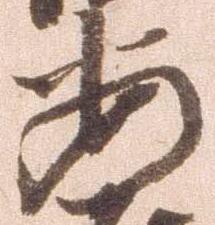
安